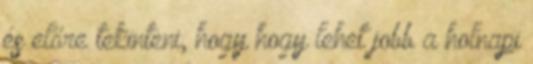
és előre tekinteni, hogy hogy lehet jobb a holnapi